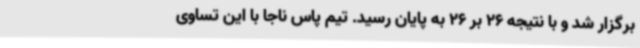
برگزار شد و با نتیجه 26 بر 26 به پایان رسید. تیم پاس ناجا با این تساوی